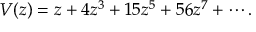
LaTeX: V ( z ) = z + 4 z ^ { 3 } + 1 5 z ^ { 5 } + 5 6 z ^ { 7 } + \cdots .